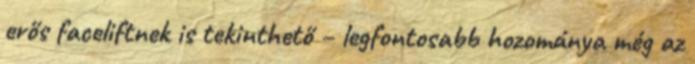
erős faceliftnek is tekinthető – legfontosabb hozománya még az